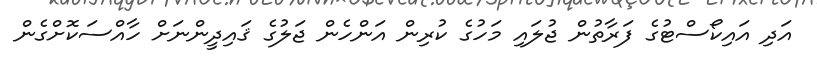
އަދި އައިކޯސްޓުގެ ފަރާތުން ޖުލައި މަހުގެ ކުރިން އަންހެން ޖަލުގެ ޤައިދީންނަށް ހާއްސަކޮށްގެން